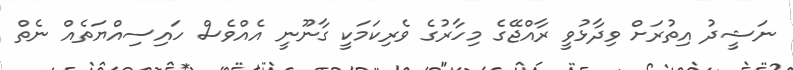
ނަޝީދު އިތުރަށް ވިދާޅުވީ ރާއްޖޭގެ މިހާރުގެ ވެރިކަމަކީ ގާނޫނީ އެއްވެސް ހައިސިއްޔަތެއް ނެތް